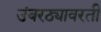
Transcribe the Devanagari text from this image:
उंबरठ्यावरती